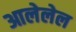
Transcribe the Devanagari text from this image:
आलेलेल